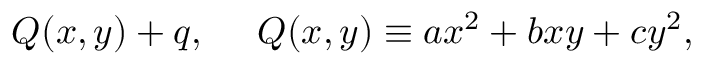
Q ( x , y ) + q , \ \ \ \ Q ( x , y ) \equiv a x ^ { 2 } + b x y + c y ^ { 2 } ,